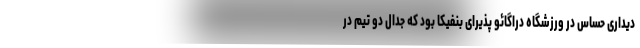
دیداری حساس در ورزشگاه دراگائو پذیرای بنفیکا بود که جدال دو تیم در